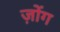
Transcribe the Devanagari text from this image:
ज़ोंग